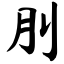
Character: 刖